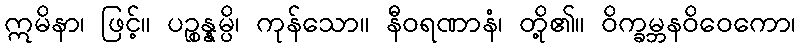
ဣမိနာ၊ ဖြင့်။ ပဉ္စန္နမ္ပိ၊ ကုန်သော။ နီဝရဏာနံ၊ တို့၏။ ဝိက္ခမ္ဘနဝိဝေကော၊